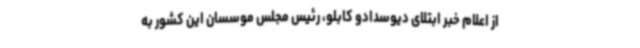
از اعلام خبر ابتلای دیوسدادو کابلو، رئیس مجلس موسسان این کشور به